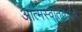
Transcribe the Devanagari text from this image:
आत्मस्वातंत््रय